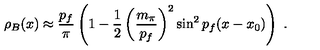
\rho _ { B } ( x ) \approx \frac { p _ { f } } { \pi } \left( 1 - \frac { 1 } { 2 } \left( \frac { m _ { \pi } } { p _ { f } } \right) ^ { 2 } \sin ^ { 2 } p _ { f } ( x - x _ { 0 } ) \right) \ .